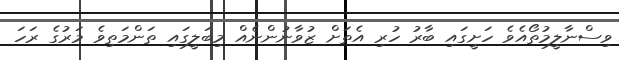
ވިސްނާލީމުތޯއެވެ ހަށީގައި ބާރު ހުރި އެތަށް ޒުވާނުންނެއް މިބަލީގައި ތަންމަތިވެ މަރުގެ ރަހަ